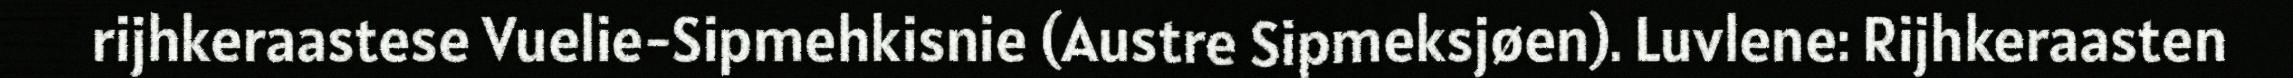
rijhkeraastese Vuelie-Sipmehkisnie (Austre Sipmeksjøen). Luvlene: Rijhkeraasten